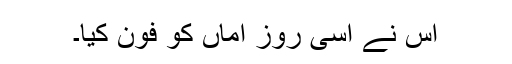
اس نے اسی روز اماں کو فون کیا۔